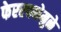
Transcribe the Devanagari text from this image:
फेररचनेमुळे